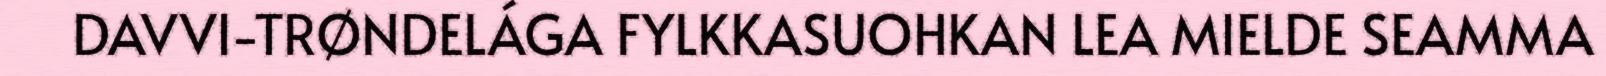
DAVVI-TRØNDELÁGA FYLKKASUOHKAN LEA MIELDE SEAMMA